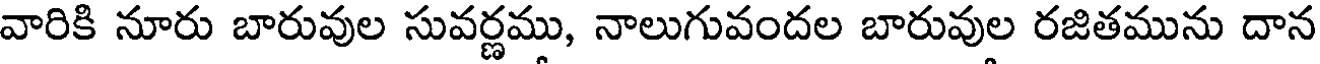
వారికి నూరు బారువుల సువర్ణము, నాలుగువందల బారువుల రజితమును దాన